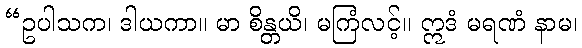
“ဥပါသက၊ ဒါယကာ။ မာ စိန္တယိ၊ မကြံလင့်။ ဣဒံ မရဏံ နာမ၊